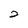
Character: 2